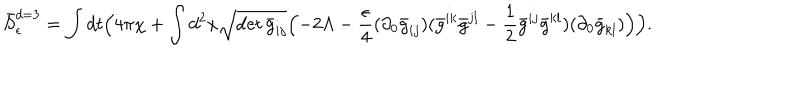
\bar { S } _ { \epsilon } ^ { d = 3 } = \int d t \Bigl ( 4 \pi \chi + \int d ^ { 2 } x \sqrt { \det \bar { g } _ { i j } } \Bigl ( - 2 \Lambda - \frac { \epsilon } { 4 } ( \partial _ { 0 } \bar { g } _ { i j } ) ( \bar { g } ^ { i k } \bar { g } ^ { j l } - \frac { 1 } { 2 } \bar { g } ^ { i j } \bar { g } ^ { k l } ) ( \partial _ { 0 } \bar { g } _ { k l } ) \Bigr ) \Bigr ) .